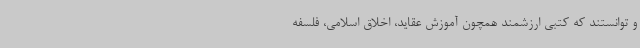
و توانستند که کتبی ارزشمند همچون آموزش عقاید، اخلاق اسلامی، فلسفه